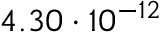
4 . 3 0 \cdot 1 0 ^ { - 1 2 }